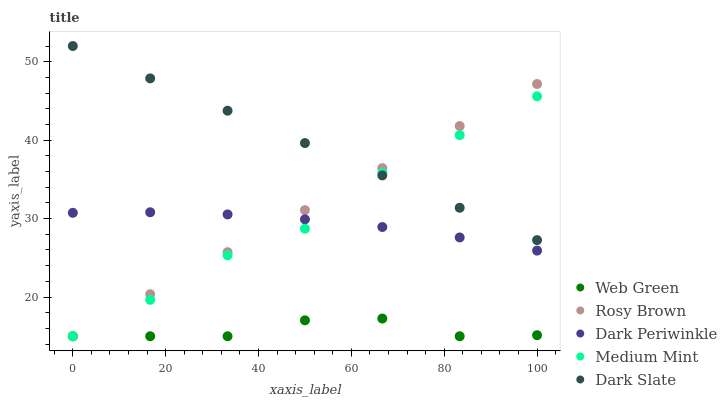
| xaxis_label | Web Green | Rosy Brown | Dark Periwinkle | Medium Mint | Dark Slate |
 | --- | --- | --- | --- | --- | --- |
 | 0 | 15 | 15 | 30.7 | 15 | 52 |
 | 16.7 | 15 | 20.4 | 30.8 | 19.6 | 47.9 |
 | 33.3 | 15 | 25.7 | 30.5 | 25.3 | 43.8 |
 | 50 | 17 | 31.1 | 29.9 | 28.7 | 39.6 |
 | 66.7 | 17.3 | 36.4 | 28.9 | 35.8 | 35.5 |
 | 83.3 | 15 | 41.8 | 27.6 | 40.6 | 31.4 |
 | 100 | 15.1 | 47.2 | 25.9 | 45.6 | 27.3 |